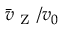
\bar { v } _ { \mathrm { ~ Z ~ } } / v _ { 0 }